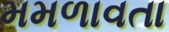
મમળાવતા